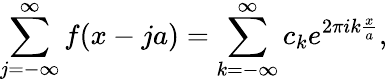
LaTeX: \sum_{j=-\infty}^{\infty}f(x-ja)=\sum_{k=-\infty}^{\infty}c_{k}e^{2\pi ik\frac{x}{a}},